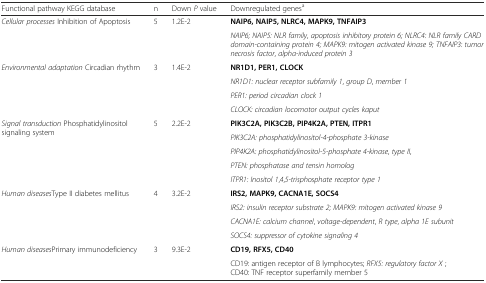
| Functional pathway KEGG database | n | Down P value | Downregulated genesa |
 | --- | --- | --- | --- |
 | <ROWSPAN=2> Cellular processes Inhibition of Apoptosis | <ROWSPAN=2> 5 | <ROWSPAN=2> 1.2E-2 | NAIP6, NAIP5, NLRC4, MAPK9, TNFAIP3 |
 | NAIP6; NAIP5: NLR family, apoptosis inhibitory protein 6; NLRC4: NLR family CARD domain-containing protein 4; MAPK9: mitogen activated kinase 9; TNFAIP3: tumor necrosis factor, alpha-induced protein 3 |
 | <ROWSPAN=4> Environmental adaptation Circadian rhythm | <ROWSPAN=4> 3 | <ROWSPAN=4> 1.4E-2 | NR1D1, PER1, CLOCK |
 | NR1D1: nuclear receptor subfamily 1, group D, member 1 |
 | PER1: period circadian clock 1 |
 | CLOCK: circadian locomotor output cycles kaput |
 | <ROWSPAN=5> Signal transduction Phosphatidylinositol signaling system | <ROWSPAN=5> 5 | <ROWSPAN=5> 2.2E-2 | PIK3C2A, PIK3C2B, PIP4K2A, PTEN, ITPR1 |
 | PIK3C2A: phosphatidylinositol-4-phosphate 3-kinase |
 | PIP4K2A: phosphatidylinositol-5-phosphate 4-kinase, type II, |
 | PTEN: phosphatase and tensin homolog |
 | ITPR1: Inositol 1,4,5-trisphosphate receptor type 1 |
 | <ROWSPAN=4> Human diseasesType II diabetes mellitus | <ROWSPAN=4> 4 | <ROWSPAN=4> 3.2E-2 | IRS2, MAPK9, CACNA1E, SOCS4 |
 | IRS2: insulin receptor substrate 2; MAPK9: mitogen activated kinase 9 |
 | CACNA1E: calcium channel, voltage-dependent, R type, alpha 1E subunit |
 | SOCS4: suppressor of cytokine signaling 4 |
 | <ROWSPAN=2> Human diseasesPrimary immunodeficiency | <ROWSPAN=2> 3 | <ROWSPAN=2> 9.3E-2 | CD19, RFX5, CD40 |
 | CD19: antigen receptor of B lymphocytes; RFX5: regulatory factor X ; CD40: TNF receptor superfamily member 5 |